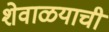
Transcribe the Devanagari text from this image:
शेवाळयाची